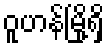
ဝူဟန်မြို့ရှိ